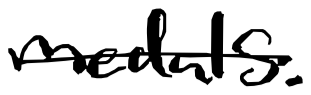
Text: medals.
Cross-out: single-line
Writing tool: digital_black